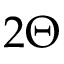
2 \Theta